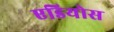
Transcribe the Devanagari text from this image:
एडियोस